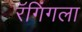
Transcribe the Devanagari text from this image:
रॅगिंगला